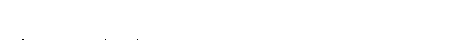
ပုံမှန်ဆို ဆီးကတစ်ဆင့် စွန့်ပစ်ရမယ့် နဲ့ လို ဓာတုပစ္စည်းတွေဟာ သွေးထဲမှာပုံလာတဲ့အတွက်